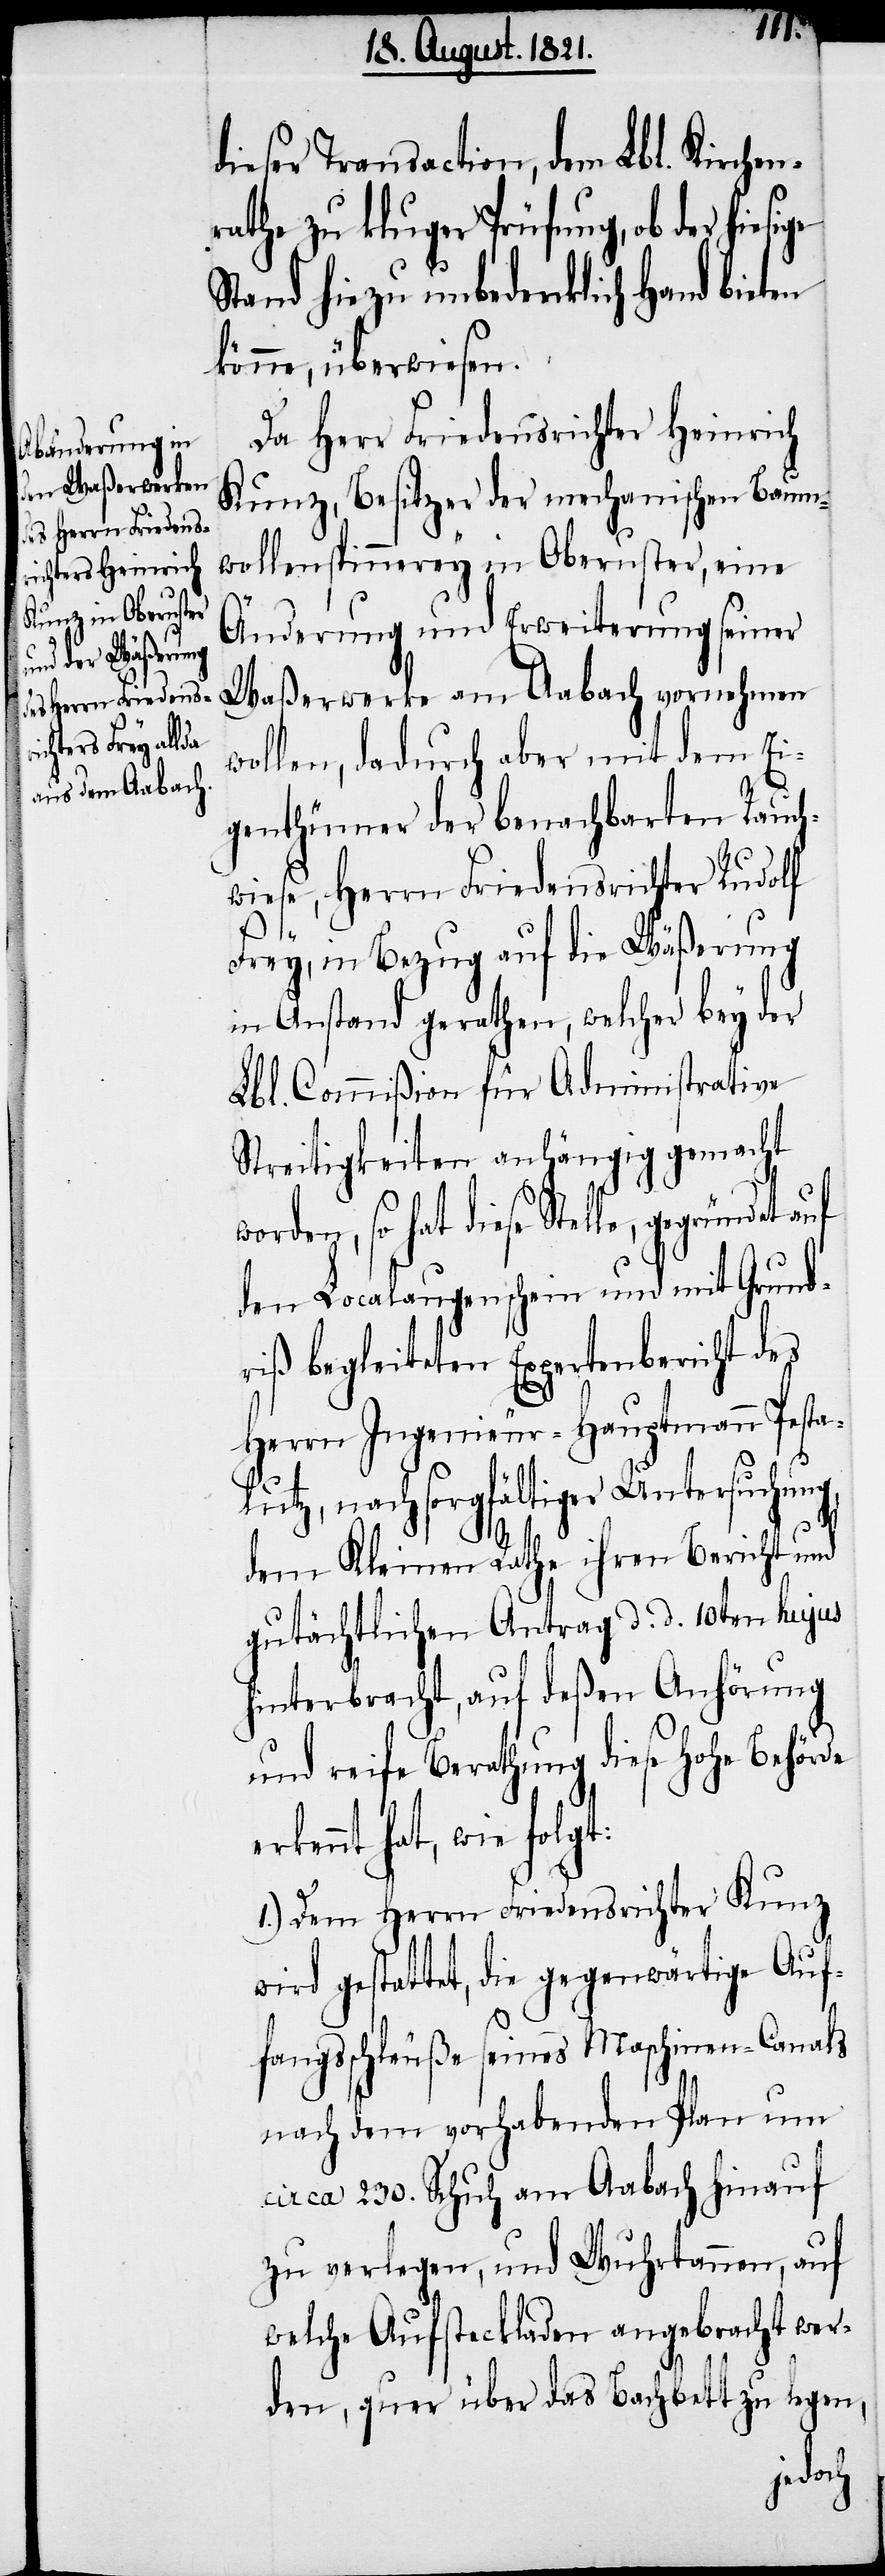
dieser Transaction, dem Lbl. Kirchen¬
rathe zu kluger Prüfung, ob der hiesi¬
Stand hiezu unbedenklich Hand bieten
könne, überwiesen.
Da Herr Friedensrichter Heinrich
Kunz, Besitzer der mechanischen Baum¬
wollspinnerey in Oberuster, eine
Änderung und Erweiterung seiner
Waßerwerke am Aabach vornehmen
wollen, dadurch aber mit dem Ei¬
genthümer der benachbarten Rauch¬
wiese, Herrn Friedensrichter Rudolf
Frey, in Bezug auf die Wäßerung
in Anstand gerathen, welcher bey der
Lbl. Commißion für Administrative
Streitigkeiten anhängig gemacht
worden, so hat diese Stelle,
den Localaugenschein und mit Grundr¬
iss begleiteten Expertenbericht des
Herrn Ingenieur-Hauptmann Pesta¬
w¬
tz, nach sorgfältiger Untersuchu¬
dem Kleinen Rathe ihren Bericht und
gutächtlichen Antrag d. d. 10ten hujus
hinterbracht, auf deßen Anhörung
und reife Berathung diese hohe Behör¬
rkennt hat, wie folgt:
1.) Dem Herrn Friedensrichter Kunz
ird gestattet, die gegenwärtige Auf¬
fangschleuße seines Maschinen-Canals
nach dem vorhabenden Plan um
circa 230. Schuh am Aabach hinauf
zu verlegen, und Wuhrtannen, auf
welche Aufsteckladen angebracht wer¬
den, quer über das Bachbett zu legen,
de e¬